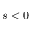
s < 0